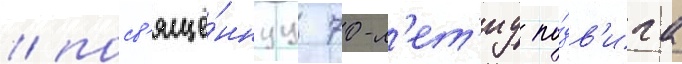
/ посв'ящё́ннуу 70-л'ет'иу по́дв'ига